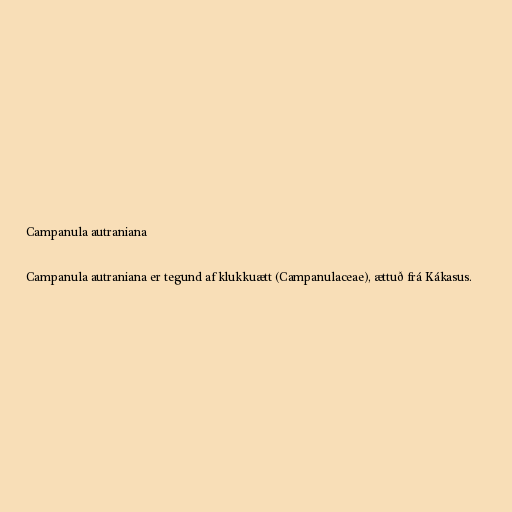
Campanula autraniana

Campanula autraniana er tegund af klukkuætt (Campanulaceae), ættuð frá Kákasus.